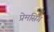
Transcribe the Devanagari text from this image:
प्रेमसिंग